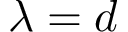
\lambda = d